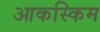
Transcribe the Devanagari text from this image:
आकस्किम